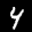
Label: 4